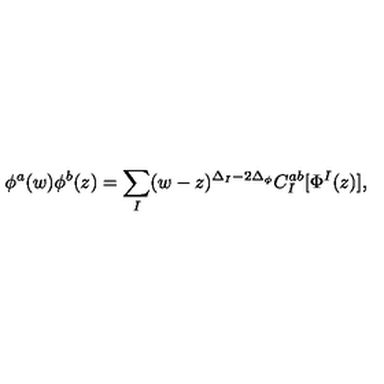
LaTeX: \phi ^ { a } ( w ) \phi ^ { b } ( z ) = { \sum _ { I } } ( w - z ) ^ { \Delta _ { I } - 2 \Delta _ { \phi } } C _ { I } ^ { a b } [ \Phi ^ { I } ( z ) ] ,